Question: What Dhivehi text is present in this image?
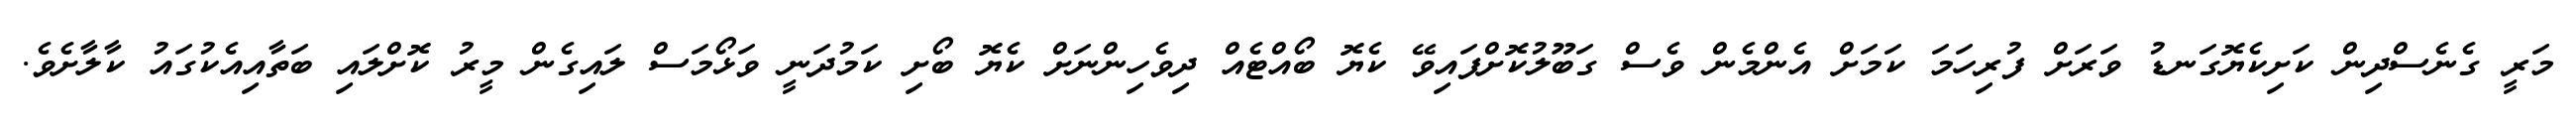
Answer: މަރީ ގެނެސްދިން ކަށިކެޔޮގަނޑު ވަރަށް ފުރިހަމަ ކަމަށް އެންމެން ވެސް ގަބޫލުކޮށްފައިވޭ ކެޔޮ ބޯއްޓެއް ދިވެހިންނަށް ކެޔޮ ބޯށި ކަމުދަނީ ވަޅޯމަސް ލައިގެން މީރު ކޮށްލައި ބަތާއިއެކުގައު ކާލާށެވެ.